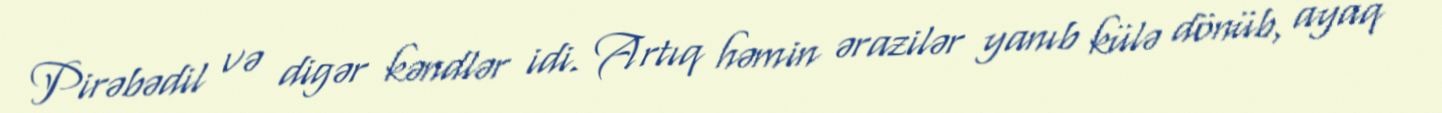
Pirəbədil və digər kəndlər idi. Artıq həmin ərazilər yanıb külə dönüb, ayaq